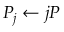
P _ { j } \leftarrow j P